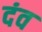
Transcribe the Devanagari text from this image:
दंव